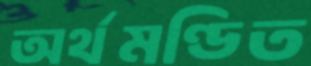
অর্থমণ্ডিত